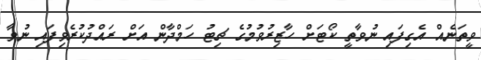
ވީތަނެއް އެގިފައި ނުވާތީ ކޯޓަށް ހާޒިރުވުމުގެ ޗިޓު ހަމްދާން އަށް ރައްދުކުރެވިފައި ނުވާ